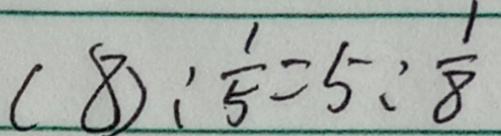
( 8 ) : \frac { 1 } { 5 } = 5 : \frac { 1 } { 8 }